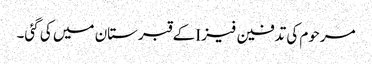
مرحوم کی تدفین فیز Iکے قبرستان میں کی گئی۔